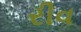
રીવ